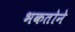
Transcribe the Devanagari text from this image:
भकतोने